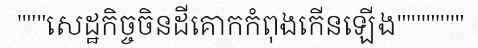
"""សេដ្ឋកិច្ចចិនដីគោកកំពុងកើនឡើង"""""""